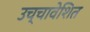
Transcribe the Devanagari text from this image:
उच्चावेशित